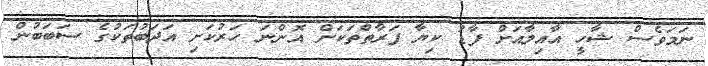
ނަމަވެސް ޝާހީ އާއިލާއަށް ފާޑު ކިޔާ ފަރާތްތަކަށް އޮންނަ ހަރުކަށި އަދަބުތަކުގެ ސަބަބުން